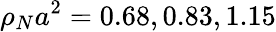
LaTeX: \rho_{N}a^{2}=0.68,0.83,1.15